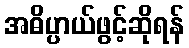
အဓိပ္ပာယ်ဖွင့်ဆိုရန်